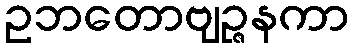
ဥဘတောဗျဉ္ဇနကာ